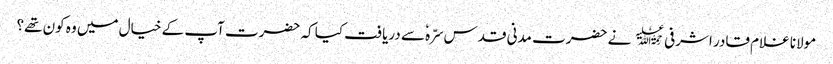
مولانا غلام قادر اشرفی﷫ نے حضرت مدنی قدس سرّہٗ سے دریافت کیا کہ حضرت آپ کے خیال میں وہ کون تھے؟